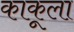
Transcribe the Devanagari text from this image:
काकूला